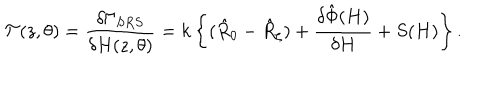
{ \cal T } ( z , \theta ) = \frac { \delta \Gamma _ { S R S } } { \delta H ( z , \theta ) } = k \left\{ ( \hat { R } _ { 0 } - \hat { R } _ { \zeta } ) + \frac { \delta \hat { \Phi } ( H ) } { \delta H } + S ( H ) \right\} .